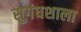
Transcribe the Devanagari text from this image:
सुगंधशाला